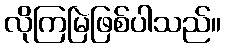
လိုကြမြဲဖြစ်ပါသည်။